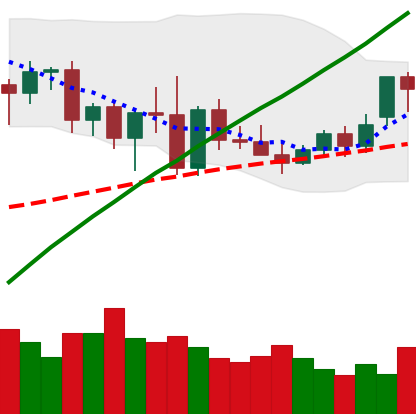
Ticker: XMR-USD
Chart end date: 2020-11-18
Forward return: 5.052%
Label: up_5_7